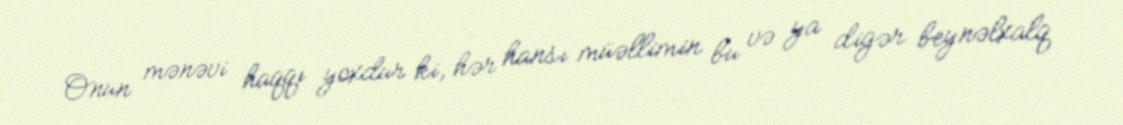
Onun mənəvi haqqı yoxdur ki, hər hansı müəllimin bu və ya digər beynəlxalq